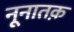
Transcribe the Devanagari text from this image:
नूनातक़